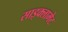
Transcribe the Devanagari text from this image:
साइक्लामेट